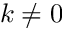
k \neq 0